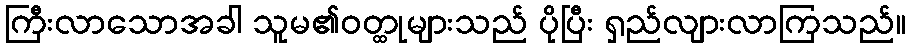
ကြီးလာသောအခါ သူမ၏ဝတ္ထုများသည် ပိုပြီး ရှည်လျားလာကြသည်။